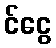
င်ငွေ